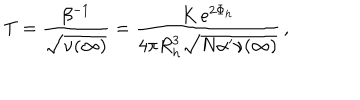
T = \frac { \beta ^ { - 1 } } { \sqrt { \nu ( \infty ) } } = \frac { K \, e ^ { 2 \Phi _ { h } } } { 4 \pi R _ { h } ^ { 3 } \sqrt { N \alpha ^ { \prime } \nu ( \infty ) } } \, ,